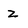
Character: z